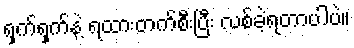
ရှက်ရှက်နဲ့ ရထားတက်စီးပြီး လစ်ခဲ့ရတာပါပဲ။